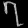
Digit: ၇